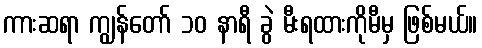
ကားဆရာ ကျွန်တော် ၁၀ နာရီ ခွဲ မီးရထားကိုမီမှ ဖြစ်မယ်။